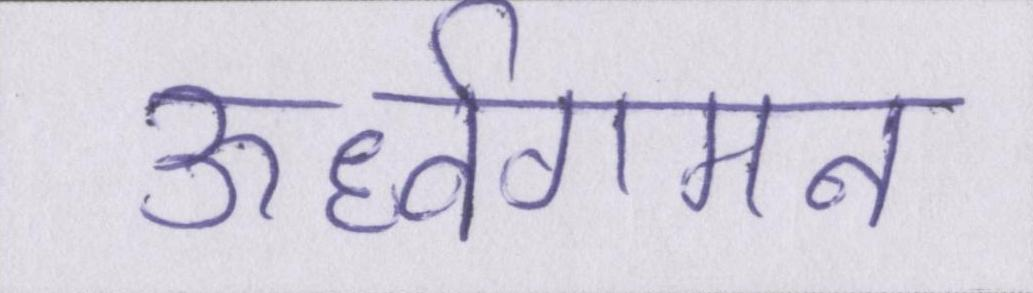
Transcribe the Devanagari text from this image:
ऊर्ध्वगमन